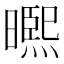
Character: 𭧾